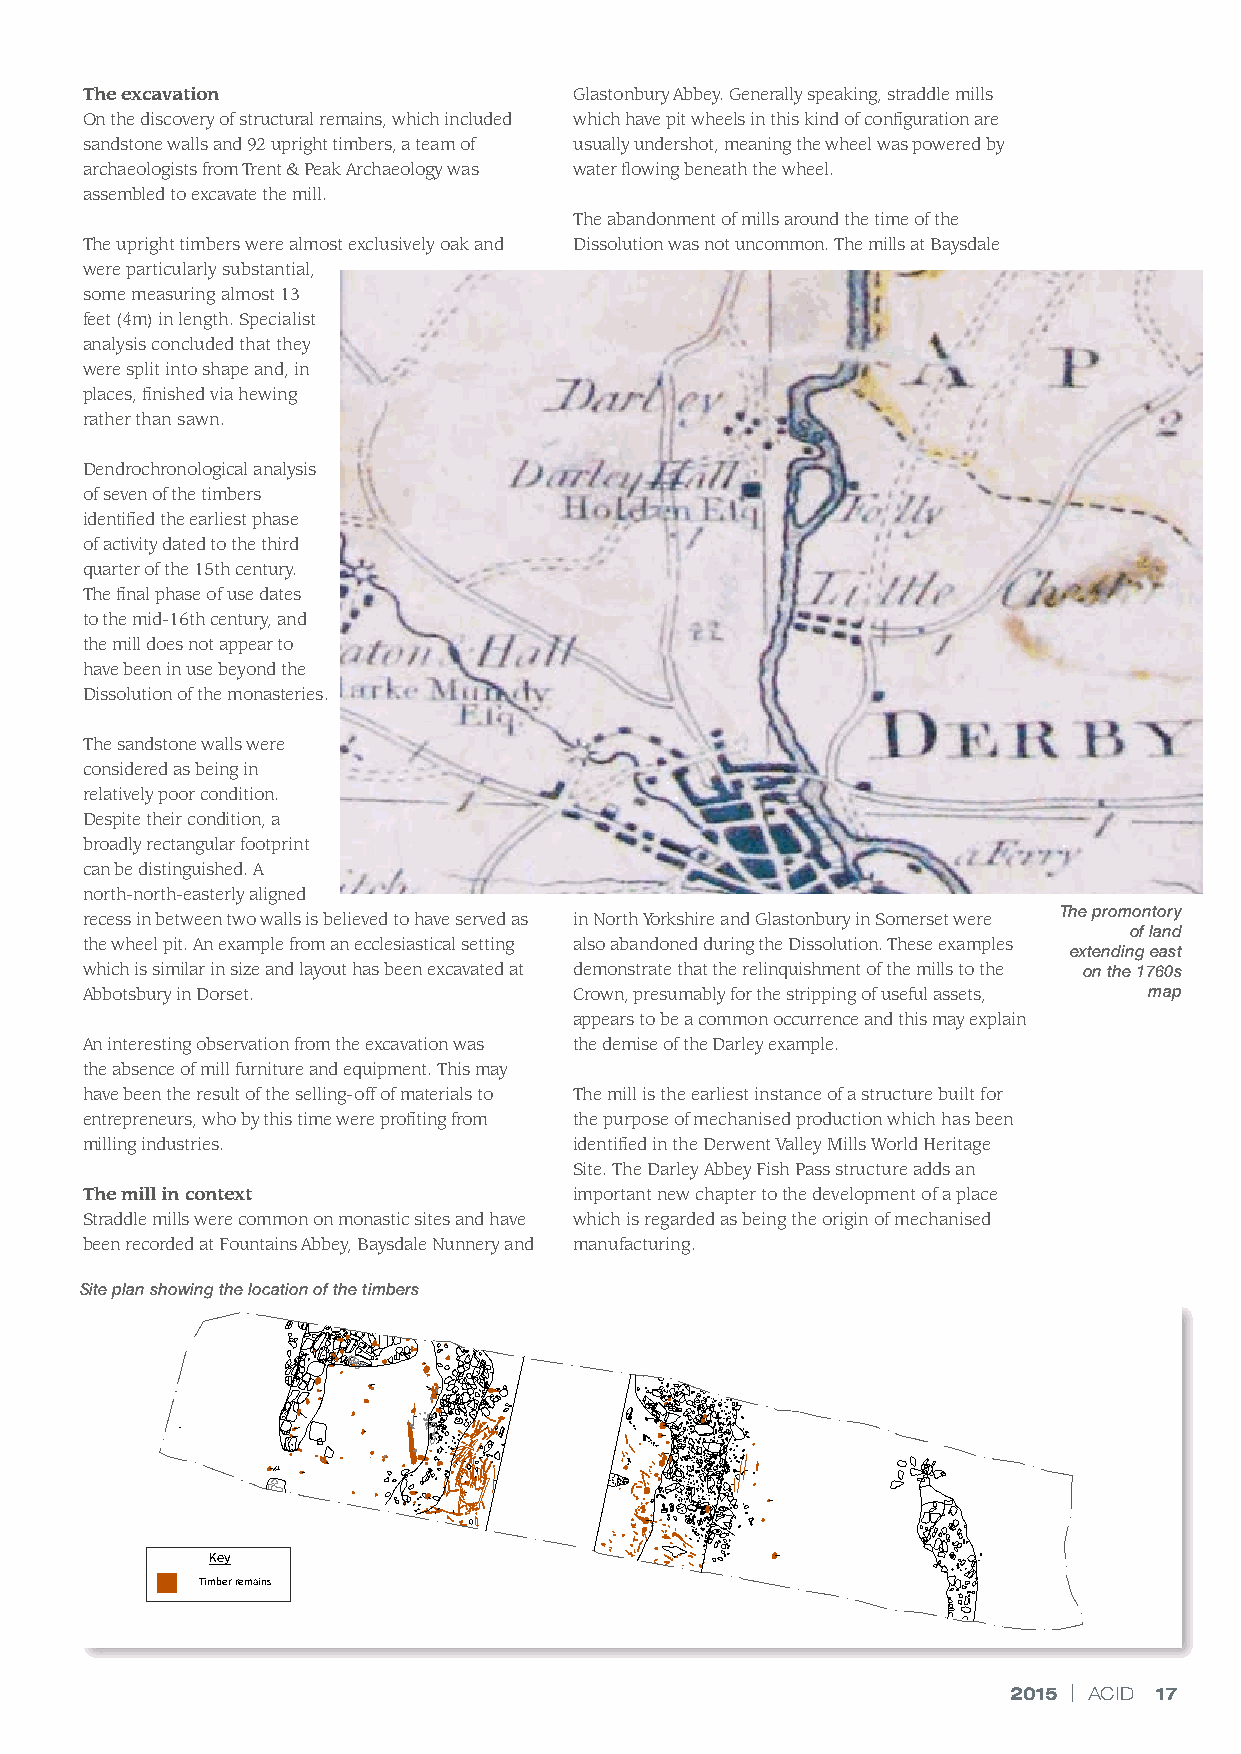
The excavation                   Glastonbury Abbey. Generally speaking, straddle mills
 On the discovery of structural remains, which included which have pit wheels in this kind of configuration are
 sandstone walls and 92 upright timbers, a team of usually undershot, meaning the wheel was powered by
 archaeologists from Trent & Peak Archaeology was water flowing beneath the wheel.
 assembled to excavate the mill.
 The abandonment of mills around the time of the
 The upright timbers were almost exclusively oak and Dissolution was not uncommon. The mills at Baysdale
 were particularly substantial,
 some measuring almost 13
 feet (4m) in length. Specialist
 analysis concluded that they
 were split into shape and, in
 places, finished via hewing
 rather than sawn.
 Dendrochronological analysis
 of seven of the timbers
 identified the earliest phase
 of activity dated to the third
 quarter of the 15th century.
 The final phase of use dates
 to the mid-16th century, and
 the mill does not appear to
 have been in use beyond the
 Dissolution of the monasteries.
 The sandstone walls were
 considered as being in
 relatively poor condition.
 Despite their condition, a
 broadly rectangular footprint
 can be distinguished. A
 north-north-easterly aligned
 The promontory
 recess in between two walls is believed to have served as in North Yorkshire and Glastonbury in Somerset were
 of land
 the wheel pit. An example from an ecclesiastical setting also abandoned during the Dissolution. These examples
 extending east
 There’s an old mill by which is similar in size and layout has been excavated at demonstrate that the relinquishment of the mills to the on the 1760s
 Abbotsbury in Dorset.            Crown, presumably for the stripping of useful assets, map
 appears to be a common occurrence and this may explain
 An interesting observation from the excavation was the demise of the Darley example.
 the absence of mill furniture and equipment. This may
 have been the result of the selling-off of materials to The mill is the earliest instance of a structure built for
 the stream…
 entrepreneurs, who by this time were profiting from the purpose of mechanised production which has been
 milling industries.              identified in the Derwent Valley Mills World Heritage
 Site. The Darley Abbey Fish Pass structure adds an
 The mill in context              important new chapter to the development of a place
 Straddle mills were common on monastic sites and have which is regarded as being the origin of mechanised
 ACL
 been recorded at Fountains Abbey, Baysdale Nunnery and manufacturing.
 Site plan showing the location of the timbers
 ACL
 Key
 Timber remains                           0m                    10m
 Volunteers on a field trip to Arbor Low,
 testing out the digital tour
 2015 | ACID 17
 10m
 0m
 Key
 Timber remains